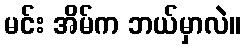
မင်း အိမ်က ဘယ်မှာလဲ။